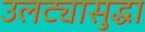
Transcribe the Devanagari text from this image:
उलट्यासुद्धा